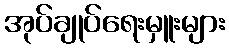
အုပ်ချုပ်ရေးမှူးများ